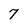
Character: 7